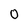
Character: 0